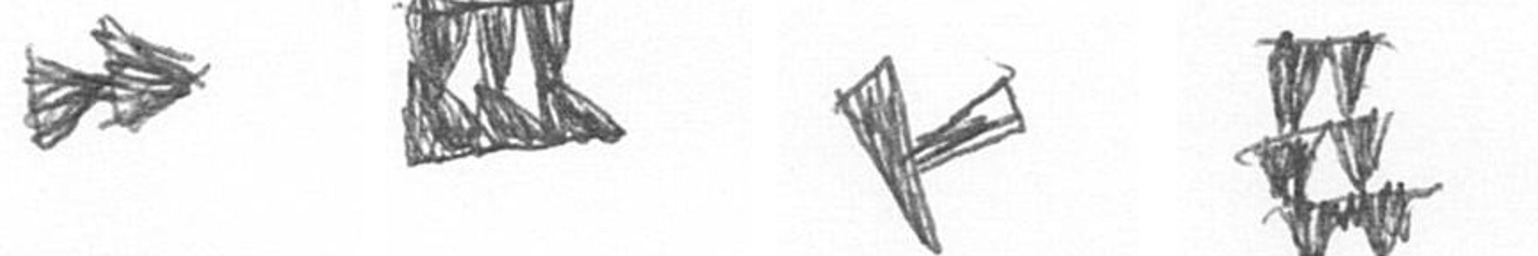
A D F Y